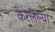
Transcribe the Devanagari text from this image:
केरलेल्या